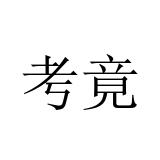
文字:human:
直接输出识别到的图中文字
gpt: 考竟